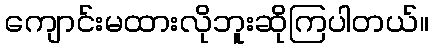
ကျောင်းမထားလိုဘူးဆိုကြပါတယ်။